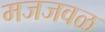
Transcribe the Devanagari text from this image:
मजजवळ